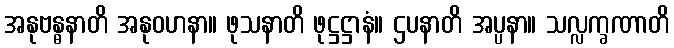
အနုဗန္ဓနာတိ အနုဝဟနာ။ ဖုသနာတိ ဖုဋ္ဌဋ္ဌာနံ။ ဌပနာတိ အပ္ပနာ။ သလ္လက္ခဏာတိ